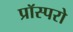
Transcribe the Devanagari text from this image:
प्रॉस्परो